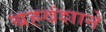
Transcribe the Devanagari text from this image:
बह्वंशाने